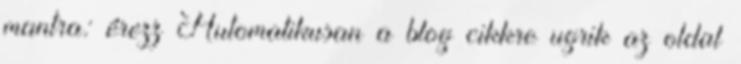
mantra: érezz Automatikusan a blog cikkre ugrik az oldal